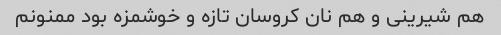
هم شیرینی و هم نان کروسان تازه و خوشمزه بود ممنونم